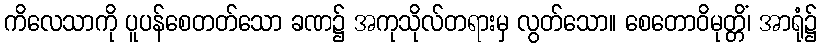
ကိလေသာကို ပူပန်စေတတ်သော ခဏ၌ အကုသိုလ်တရားမှ လွတ်သော။ စေတောဝိမုတ္တိံ၊ အာရုံ၌